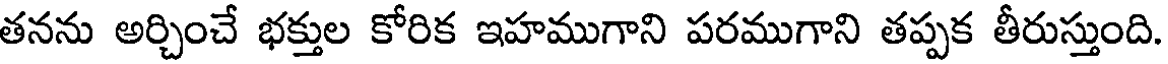
తనను అర్చించే భక్తుల కోరిక ఇహముగాని పరముగాని తప్పక తీరుస్తుంది.